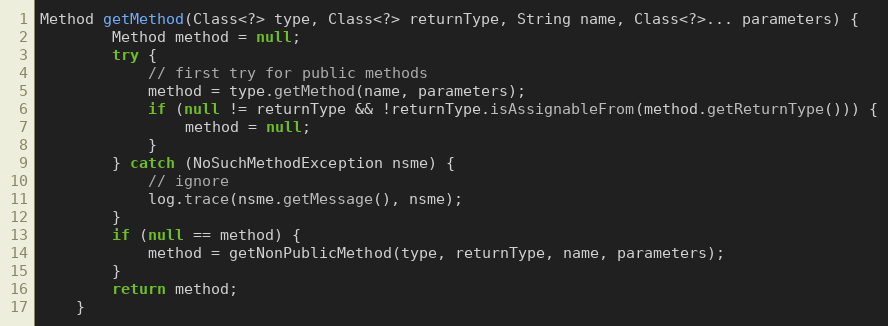
Language: Java
Method getMethod(Class<?> type, Class<?> returnType, String name, Class<?>... parameters) {
        Method method = null;
        try {
            // first try for public methods
            method = type.getMethod(name, parameters);
            if (null != returnType && !returnType.isAssignableFrom(method.getReturnType())) {
                method = null;
            }
        } catch (NoSuchMethodException nsme) {
            // ignore
            log.trace(nsme.getMessage(), nsme);
        }
        if (null == method) {
            method = getNonPublicMethod(type, returnType, name, parameters);
        }
        return method;
    }